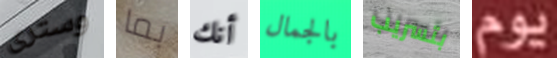
وسترى بما أنك بالجمال بتسريب يوم